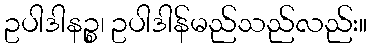
ဥပါဒါနဉ္စ၊ ဥပါဒါန်မည်သည်လည်း။